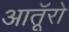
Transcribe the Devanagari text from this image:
आतूॅरो